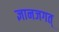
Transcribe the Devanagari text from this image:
ज्ञानजगत्‌